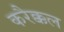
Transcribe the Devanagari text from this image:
करैक्कल